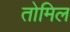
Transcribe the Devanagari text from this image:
तोमिल